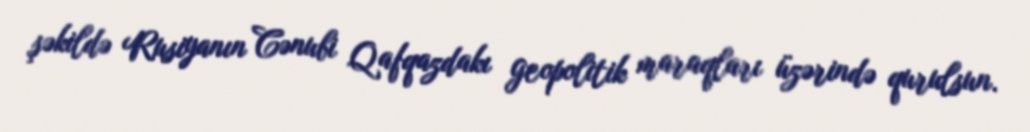
şəkildə Rusiyanın Cənubi Qafqazdakı geopolitik maraqları üzərində qurulsun.